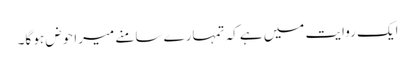
ایک روایت میں ہے کہ تمہارے سامنے میرا حوض ہو گا۔